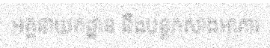
អគ្គនាយកដ្ឋាន នឹងបន្តកសាងអាគារ